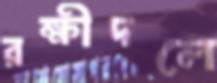
রক্ষীদলে